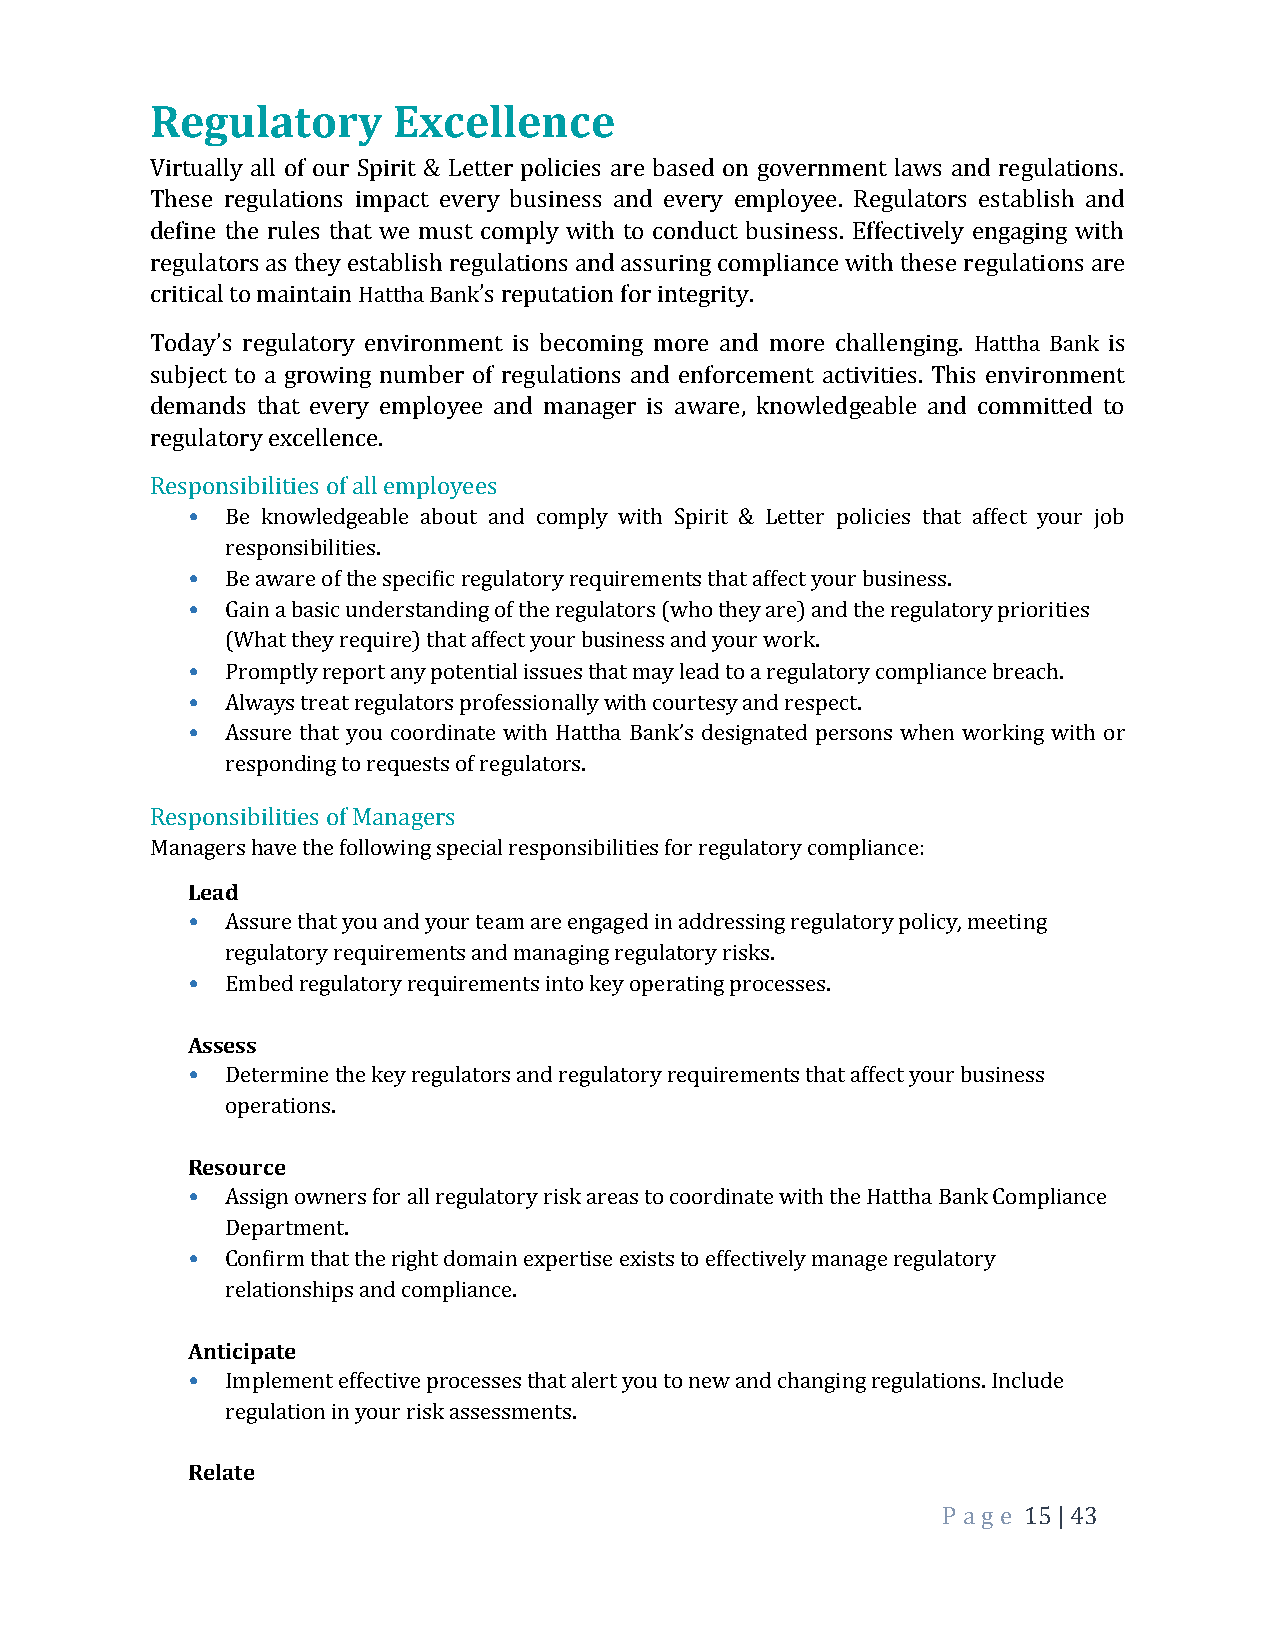
Regulatory      Excellence
 Virtually all of our Spirit & Letter policies are based on government laws and regulations.
 These regulations impact every business and every employee. Regulators establish and
 define the rules that we must comply with to conduct business. Effectively engaging with
 regulators as they establish regulations and assuring compliance with these regulations are
 critical to maintain Hattha Bank’s reputation for integrity.
 Today’s regulatory environment is becoming more and more challenging. Hattha Bank is
 subject to a growing number of regulations and enforcement activities. This environment
 demands that every employee and manager is aware, knowledgeable and committed to
 regulatory excellence.
 Responsibilities of all employees
 •  Be knowledgeable about and comply with Spirit & Letter policies that affect your job
 responsibilities.
 •  Be aware of the specific regulatory requirements that affect your business.
 •  Gain a basic understanding of the regulators (who they are) and the regulatory priorities
 (What they require) that affect your business and your work.
 •  Promptly report any potential issues that may lead to a regulatory compliance breach.
 •  Always treat regulators professionally with courtesy and respect.
 •  Assure that you coordinate with Hattha Bank’s designated persons when working with or
 responding to requests of regulators.
 Responsibilities of Managers
 Managers have the following special responsibilities for regulatory compliance:
 Lead
 •  Assure that you and your team are engaged in addressing regulatory policy, meeting
 regulatory requirements and managing regulatory risks.
 •  Embed regulatory requirements into key operating processes.
 Assess
 •  Determine the key regulators and regulatory requirements that affect your business
 operations.
 Resource
 •  Assign owners for all regulatory risk areas to coordinate with the Hattha Bank Compliance
 Department.
 •  Confirm that the right domain expertise exists to effectively manage regulatory
 relationships and compliance.
 Anticipate
 •  Implement effective processes that alert you to new and changing regulations. Include
 regulation in your risk assessments.
 Relate
 P a ge 15 | 43